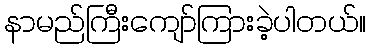
နာမည်ကြီးကျော်ကြားခဲ့ပါတယ်။